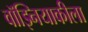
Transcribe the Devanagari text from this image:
वॉझ्नियाकीला